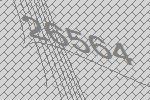
26564